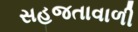
સહજતાવાળી